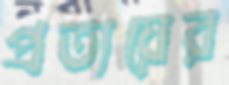
প্রত্যয়ের